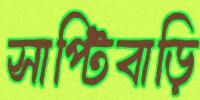
সাপ্টিবাড়ি